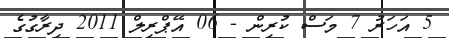
5 އަހަރު 7 މަސް ކުރިން - 06 އޭޕްރިލް 2011 ދިރާގުގެ